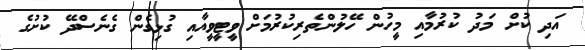
އަދި ކުށް މަދު ކުރުމާއި މީހުން ހޭލުންތެރިކުރުމަށް ވީޓީވީއާއި ގުޅިގެން ގެނެސްދޭ ކުށުގެ